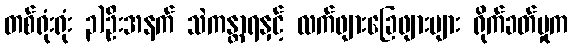
တစ်ရုံးရုံး ၃)ဦးအနက် သဲကန္တာရနှင့် လက်ဖျားခြေဖျားများ ရိုက်ခတ်မှုက